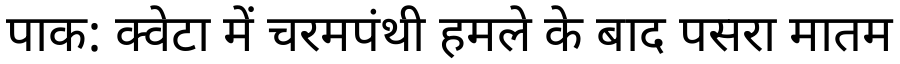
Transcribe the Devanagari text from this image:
पाक: क्वेटा में चरमपंथी हमले के बाद पसरा मातम